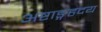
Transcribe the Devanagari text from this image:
अष्टाङ्गहृदय